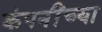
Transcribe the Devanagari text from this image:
कंपनींच्या